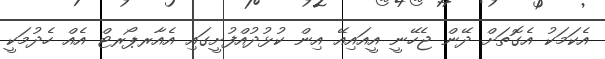
އެކަމަކު އެގޮތަށް ދޭން ޖެހޭނީ އީއައިއޭ އިން ކުޅުދުއްފުށީގައި އެއާރޕޯރޓް އެއް ހެދުމަކީ